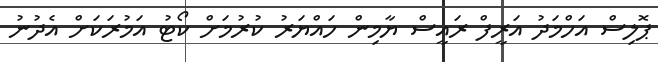
ޕޮލިސް އަހްމަދު އަރީފް ރައީސް ޔާމިން ހައްޔަރު ކުރުމަށް ކޯޓު އަމުރަކަށް އެދުނު